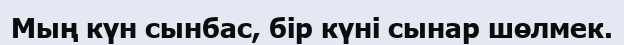
Мың күн сынбас, бір күні сынар шөлмек.